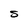
Character: S